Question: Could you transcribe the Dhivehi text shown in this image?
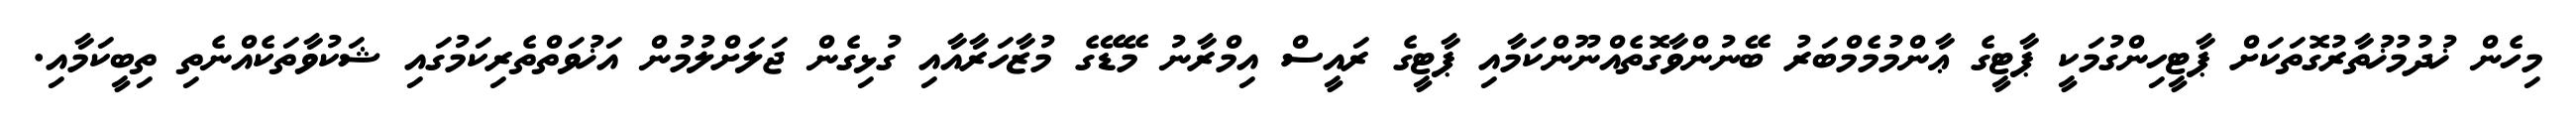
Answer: މިހެން ޚުދުމުޚުތާރުގޮތަކަށް ޕާޓީހިންގުމަކީ ޕާޓީގެ ޢާންމުމެމްބަރު ބޭނުންވާގޮތެއްނޫންކަމާއި ޕާޓީގެ ރައީސް އިމްރާނު މޭޑޭގެ މުޒާހަރާއާއި ގުޅިގެން ޖަލަށްލުމުން އަޚުވަތްތެރިކަމުގައި ޝަކުވާތަކެއްނެތި ތިބީކަމާއި.